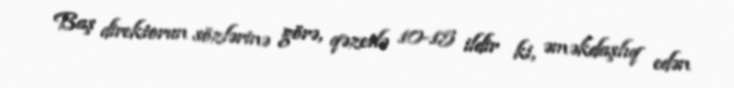
Baş direktorun sözlərinə görə, qəzetlə 10-15 ildir ki, əməkdaşlıq edən